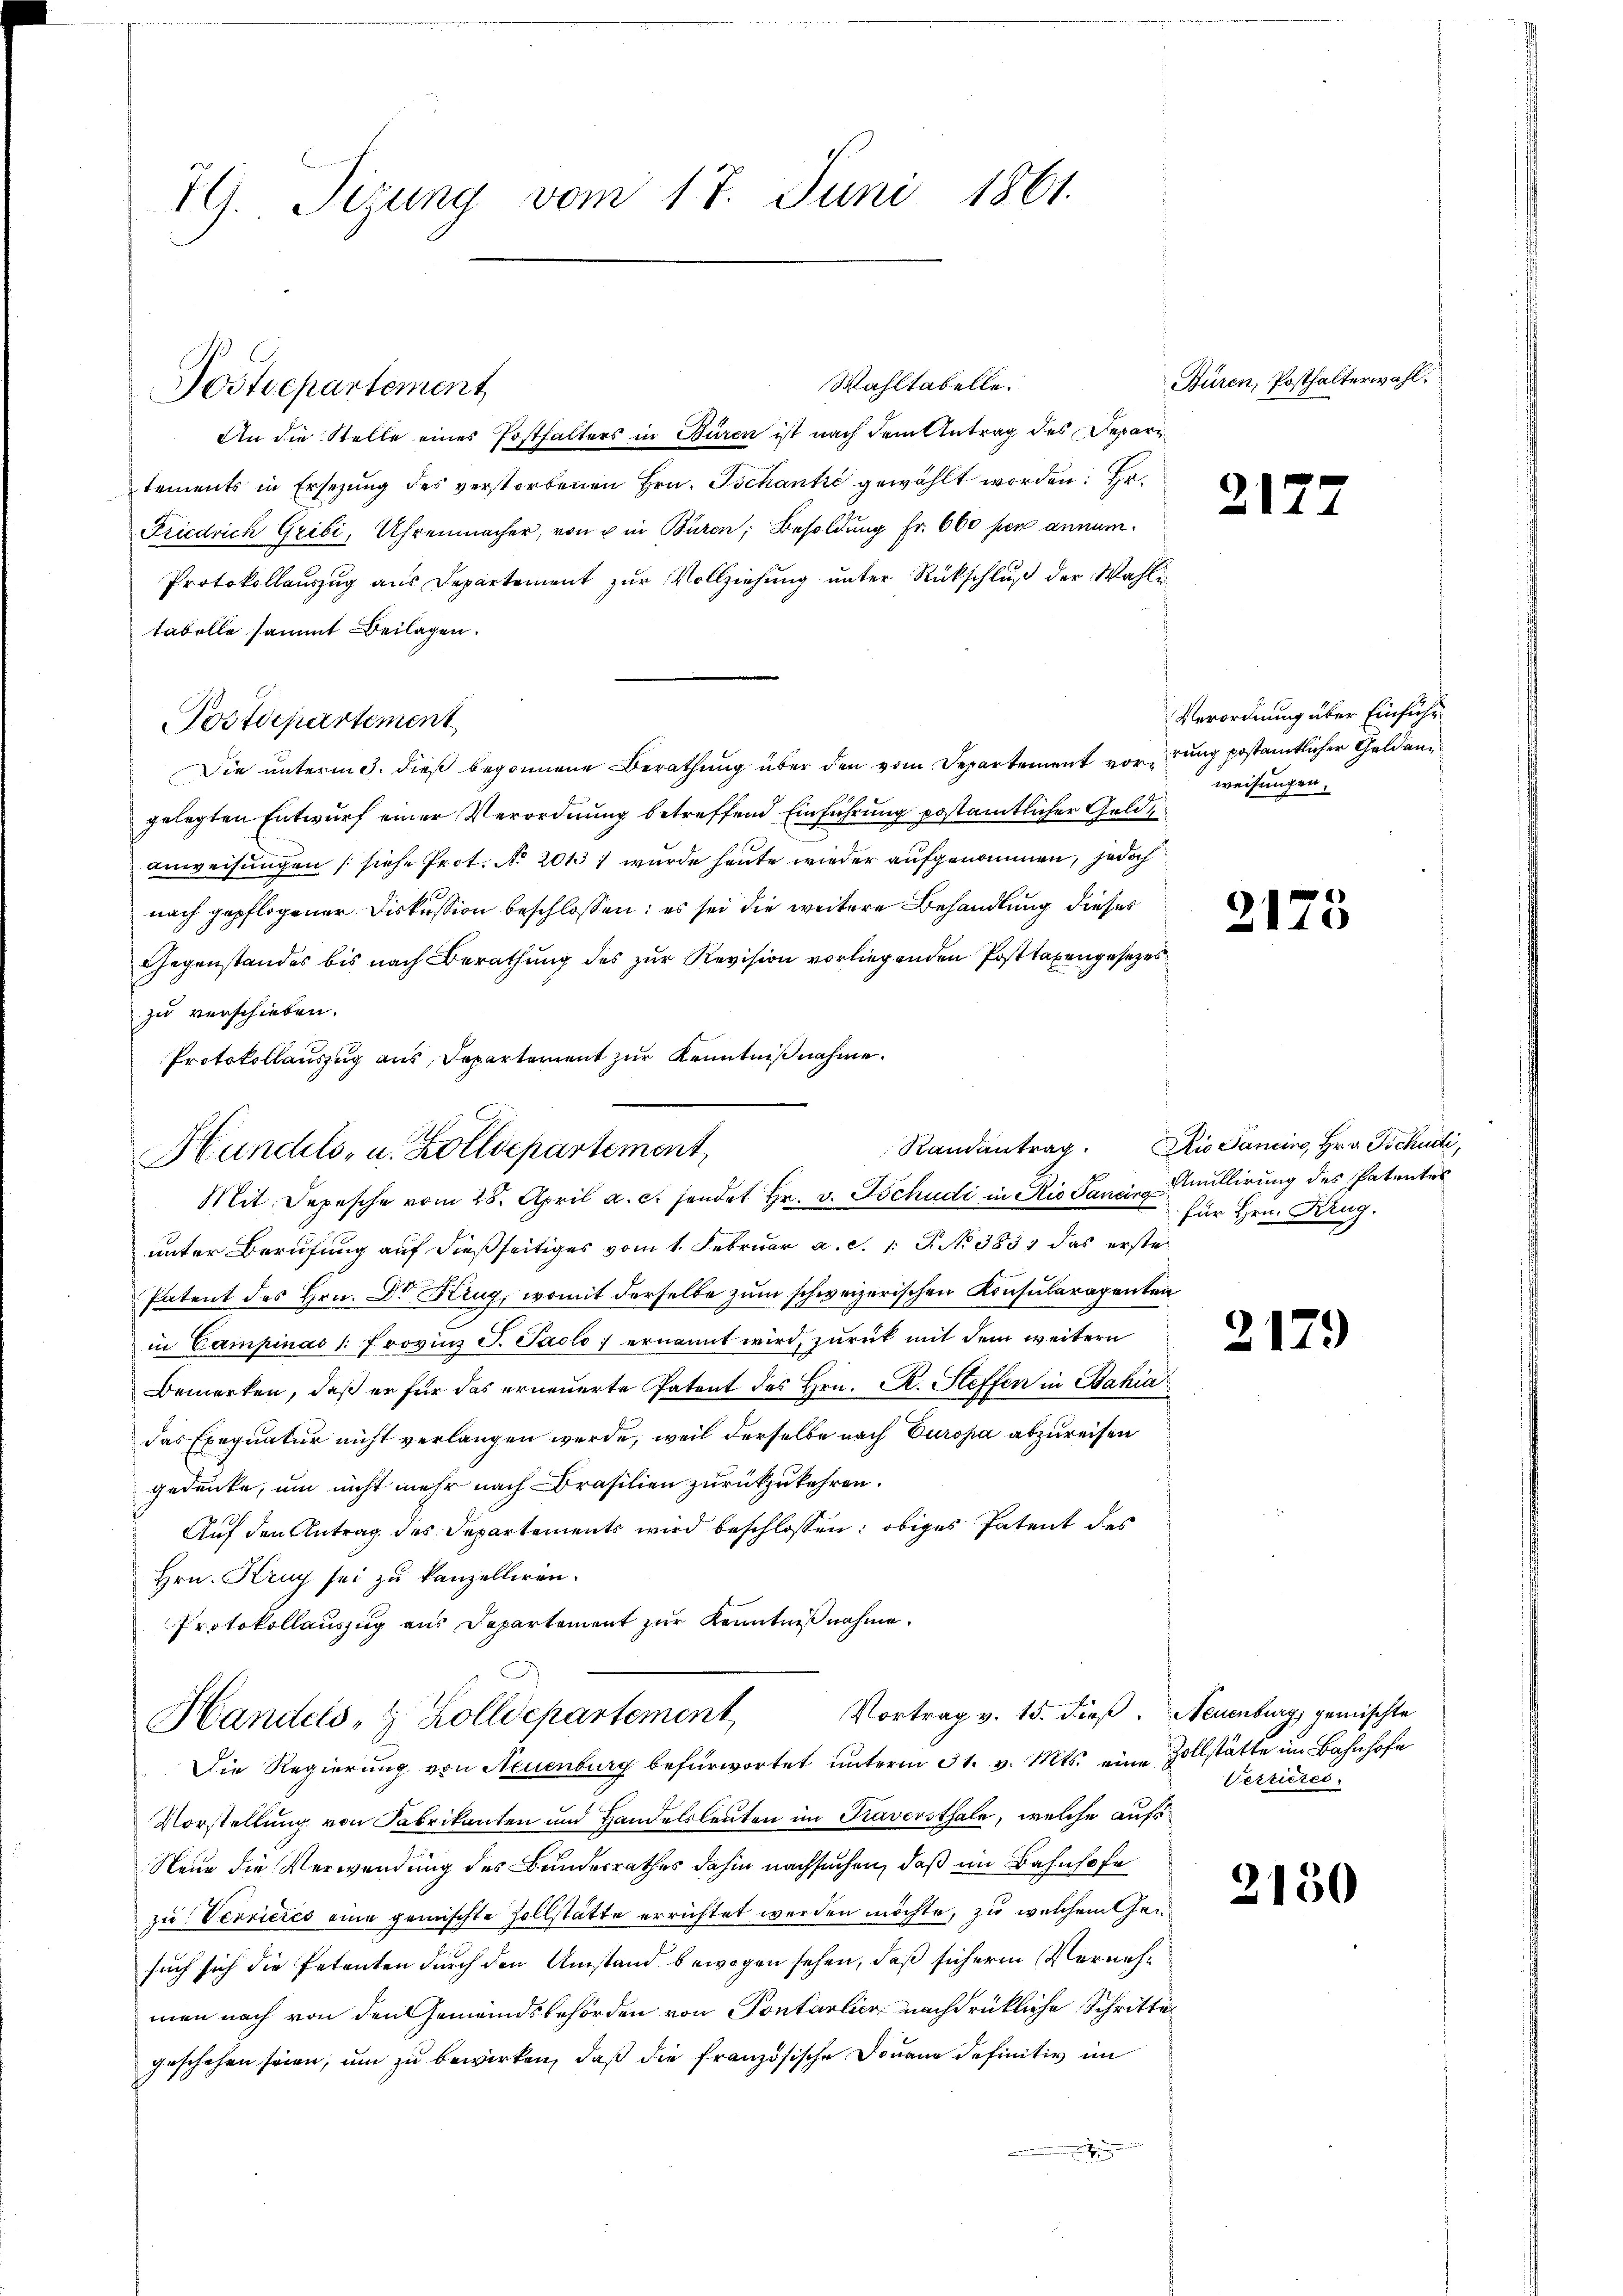
7G. Tizung vom 17. Juni 1861.

An die Stelle eines Posthalters in Büren ist nach dem Antrag des Departements in Ersetzŭng des verstorbenen Hrn. Tschankić gewählt worden: Er¬
Friedrich Gribi, Uhrenmacher, von u in Büren, Besoldung Fr. 600 per annum.
Protokollaŭszŭg aŭs Departement zŭr Vollziehŭng ŭnter Rückschlŭβ der Wahli
tabelle sammt Beilagen.
Die unterm 3. dieß begonnene Berathung über den vom Departement vorrung postamtlicher Geldan
gelegten Entwurf einer Verordnung betreffend Einführung postämtlicher Geldanweisungen (siehe Prot. No 20131 wurde heute wieder aufgenommen, jedoch
nach gepflogener Diskussion beschlossen: es sei die weitere Behandlung dieses
Gegenstandes bis nach Berathŭng des zŭr Revision vorliegenden Posttaxengesezeszu verschieben.
Protokollauszug aus Departement zur Kenntnißnahme.
Hundels- u. Zolldepartement
Mit. Depesche vom 28. April a. c. sendet Hr. v. Tschudi in Rio Sancirg
unter Berufung auf dießseitiges vom 1. Februar a. c. 1 S. No 383 das erste
Patent des Hrn. Dr Krug, womit derselbe zum schweizerischen Konsularagenten
in Campinas /: Provinz S. Paolo ernannt wird, zurück mit dem weitern
Bemerken, daß er für das erneuerte Patent des Hrn. R. Steffen in Bahia
das Exequatur nicht verlangen werde, weil derselbe nach Europa abzureisen
gedenke, um nicht mehr nach Brasilien zurückzukehren.
Auf den Antrag des Departements wird beschlossen: obiges Patent des
Hrn. Krug sei zu kanzelliren.
Protokollauszug aus Departement zur Kenntnißnahme.

Postdepartement

Postdepartement

Wahltabelle.

Vortrag v. 15. dieß. Neuenburg, gemischte
Handels- & Zolldepartement
Die Regierung von Neuenburg befürwortet ŭnterm 31. v. Mts. eine Zollstätte im Bahnhofe

Büren, Posthalterwahl.

Vorstellung von Fabrikanten und Handelsleuten im Kaversthale, welche aufs
Neue die Verwendung des Bundesrathes dahin nachsuchen, daß im Bahnhofe
zu Verrieres eine gemischte Zollstätte errichtet werden möchte, zu welchem hensuch sich die Petenten durch den Umstand bewogen sehen, daß sicheren Vernehmen nach von den Gemeindsbehörden von Pontarlier nachdrückliche Schritte
geschehen seien, ŭm zŭ bewirken, daβ die französische Douane definitiv im

21

Verordnung über Einsiche
weisungen.

212

1

Randantrag. Rio Sancino, Hr. v. Tschudi,
Anullirung des Patenter
für Hrn. Krug.

2179

Verrieres.

2150